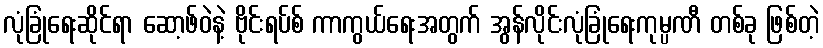
လုံခြုံရေးဆိုင်ရာ ဆော့ဖ်ဝဲနဲ့ ဗိုင်းရပ်စ် ကာကွယ်ရေးအတွက် အွန်လိုင်းလုံခြုံရေးကုမ္ပဏီ တစ်ခု ဖြစ်တဲ့